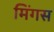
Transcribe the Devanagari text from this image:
मिंगस